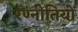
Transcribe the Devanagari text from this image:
रण्नीतियों